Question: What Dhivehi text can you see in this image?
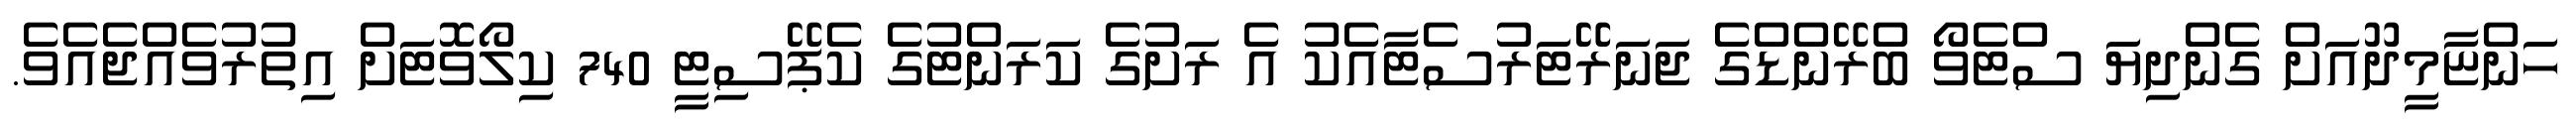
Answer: ހަންޏާމީދޫއަށް ގެންދިޔަ ސްޓެވޯ ބްރޭންޑްގެ ޖަނަރޭޓަރުސެޓާއެކު އެ ރަށުގެ ކަރަންޓުގެ ކެޕޭސިޓީ 740 ކިލޯވޮޓަށް އިތުރުވެއްޖެއެވެ.